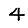
Digit: 4